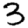
Digit: 3